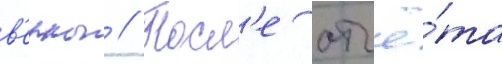
в'ерны // Посл'е отчё́та